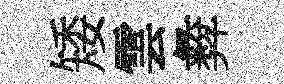
矮雲彜